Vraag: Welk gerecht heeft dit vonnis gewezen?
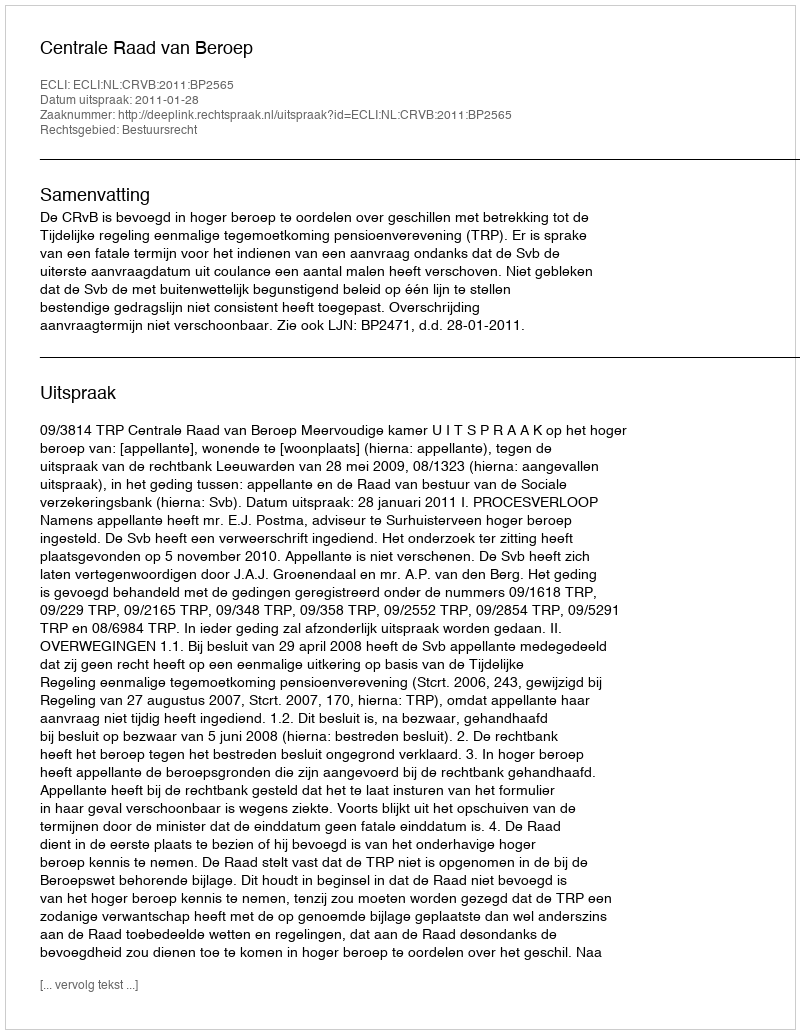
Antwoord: Centrale Raad van Beroep